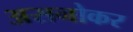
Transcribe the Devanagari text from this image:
असनोकर